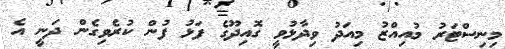
މިނިސްޓަރު މުއިއްޒު މިއަދު ވިދާޅުވީ ގޮއިދޫގެ ފަޅު ފުން ކުރެވިގެން ދަނީ އެ